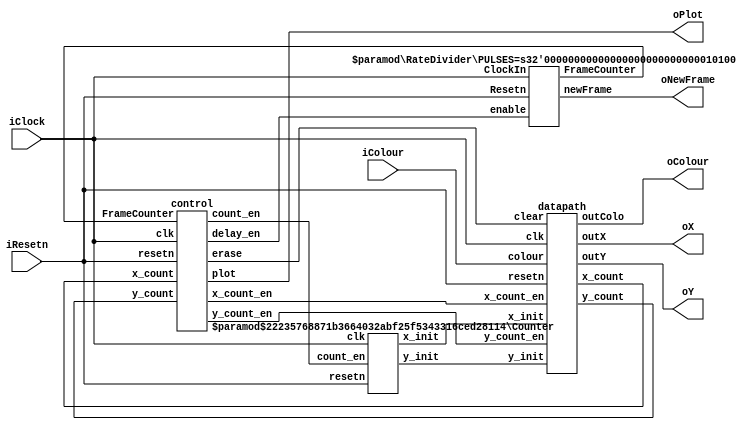
//
// This is the template for Part 1 of Lab 8.
//
// Paul Chow
// November 2021
// Updated November 2022
//

// iColour is the colour for the box
//
// oX, oY, oColour and oPlot should be wired to the appropriate ports on the VGA controller
//

// Some constants are set as parameters to accommodate the different implementations
// X_SCREEN_PIXELS, Y_SCREEN_PIXELS are the dimensions of the screen
//       Default is 160 x 120, which is the baseline for the DE1_SoC vga controller
// CLOCKS_PER_SECOND should be the frequency of the clock being used.
`timescale 1 ns/10 ps

module part1(iColour, iResetn, iClock, oX, oY, oColour, oPlot, oNewFrame);
   input wire [2:0] iColour;
   input wire 	    iResetn;
   input wire 	    iClock;
   output wire [7:0] oX;         // VGA pixel coordinates
   output wire [6:0] oY;
   
   output wire [2:0] oColour;     // VGA pixel colour (0-7)
   output wire 	     oPlot;       // Pixel drawn enable
   output wire       oNewFrame;    // goes high for 1 cycle when a new frame starts

   parameter
     X_SCREEN_PIXELS = 9,  // X screen width for starting resolution
     Y_SCREEN_PIXELS = 7,  // Y screen height for starting resolution
     CLOCKS_PER_SECOND = 1200, // 1200 HZ 
     X_BOXSIZE = 8'd4,   // Box X dimension
     Y_BOXSIZE = 7'd4,   // Box Y dimension
     X_MAX = X_SCREEN_PIXELS - 1 - X_BOXSIZE, // 0-based and account for box width
     Y_MAX = Y_SCREEN_PIXELS - 1 - Y_BOXSIZE,
     PULSES_PER_SIXTIETH_SECOND = CLOCKS_PER_SECOND / 60;

   //
   // Your code goes here
   //

   // lots of wires to connect our datapath and control
    wire x_count_en, y_count_en;
    wire [3:0] FrameCounter;
    wire erase, count_en, delay_en;
    wire [7:0] x_count, x_init;
    wire [6:0] y_count, y_init;

    RateDivider #(.PULSES(PULSES_PER_SIXTIETH_SECOND)) R0(
        .ClockIn(iClock),
        .Resetn(iResetn),
        .FrameCounter(FrameCounter),
        .enable(delay_en),
        .newFrame(oNewFrame)
    );

    Counter #(.X_MAX(X_MAX), .Y_MAX(Y_MAX)) R1(
        .clk(iClock),
        .resetn(iResetn),
        .count_en(count_en),
        .x_init(x_init),
        .y_init(y_init)
    );

    control C0(
        .clk(iClock),
        .resetn(iResetn),
        .FrameCounter(FrameCounter),
        .x_count(x_count),
        .y_count(y_count),

        .erase(erase),
        .count_en(count_en),
        .plot(oPlot),
        .x_count_en(x_count_en),
        .y_count_en(y_count_en),
        .delay_en(delay_en)
    );

    datapath D0(
        .clk(iClock), 
        .resetn(iResetn), 

        .colour(iColour),

        .x_count_en(x_count_en),
        .y_count_en(y_count_en),
        .clear(erase),

        .x_init(x_init),
        .y_init(y_init),
        .x_count(x_count),
        .y_count(y_count),

        .outX(oX), 
        .outY(oY),
        .outColo(oColour)
    );
endmodule // part1

// clock divider to output 60 Hz
module RateDivider #(parameter PULSES = 1200, parameter width = $clog2(PULSES)) (ClockIn, Resetn, FrameCounter, enable, newFrame);
    input ClockIn, Resetn, enable; 
    output reg [3:0] FrameCounter;
    output newFrame;
    
    reg [width-1:0] Divider;
    always @(posedge ClockIn)
    begin
        if (Resetn == 1'b0)
            Divider <= 0;
        else if (Divider == 0)
                Divider <= PULSES - 1'b1;   // load per sixtieth second - 1
            else 
                Divider <= Divider - 1;  // count down to zero
    end

    // track the number of frames 
    always @(posedge ClockIn) begin
        if (Resetn == 1'b0)
            FrameCounter <= 4'b0;
        else if (enable == 1'b1)
            if (Divider == 0)
                FrameCounter <= FrameCounter + 1'b1;  
            else 
                FrameCounter <= FrameCounter;  
        else FrameCounter <= 4'b0;     
    end

    assign newFrame = (Divider == 0)?1:0;
endmodule

module Counter #(parameter X_MAX = 160 - 4 - 1, Y_MAX = 120 - 4 - 1)(
    input clk,
    input resetn,
    input count_en,

    output reg [7:0] x_init,
    output reg [6:0] y_init
    );

    reg DirX;
    reg DirY;

    localparam  LEFT = 1'b0,
                RIGHT = 1'b1,
                UP = 1'b0,
                DOWN = 1'b1;        

    // screen coordinates counter
    always @(posedge clk) begin
        if (!resetn) begin
            x_init <= 8'b0;
            y_init <= 7'b0;
        end
        else if (count_en) begin
            if (DirX == RIGHT) 
                x_init <= x_init + 1'b1;
            else
                x_init <= x_init - 1'b1;

            if (DirY == DOWN) 
                y_init <= y_init + 1'b1;    // down is positive
            else
                y_init <= y_init - 1'b1;
        end
    end

    // direction registers
    always @(posedge clk) begin
        if (!resetn) begin
            DirX <= RIGHT;
            DirY <= DOWN;
        end
        else begin
            if (x_init == 8'd1)
                DirX <= RIGHT;
            else if (x_init == X_MAX + 1'b1)
                DirX <= LEFT;
            
            if (y_init == 8'd1)
                DirY <= DOWN;
            else if (y_init == Y_MAX + 1'b1) 
                DirY <= UP;
        end
    end
endmodule

// control logic to draw the box
module control(
    input clk,
    input resetn,
    input [7:0] x_count, 
    input [6:0] y_count,
    input [3:0] FrameCounter,

    output reg x_count_en, y_count_en, delay_en,
    output reg plot,
    output reg erase, count_en
    );

    reg [3:0] current_state, next_state;

    localparam  S_DRAW          = 4'd0,
                S_INCREMENT_Y   = 4'd1,
                S_WAIT          = 4'd2,
                S_ERASE         = 4'd3,
                S_ERASE_Y       = 4'd4,
                S_COUNT         = 4'd5;

    // Next state logic aka our state table
    always@(*)
    begin: state_table
        case (current_state)
            S_DRAW: begin 
                if (x_count == 8'd2)
                    next_state = S_INCREMENT_Y;
                else
                    next_state = S_DRAW;
            end
            S_INCREMENT_Y:  begin 
                if (y_count == 7'd3)
                    next_state = S_WAIT;
                else 
                    next_state = S_DRAW;
            end
            S_WAIT: next_state = FrameCounter == 4'd14 ? S_ERASE : S_WAIT;
            S_ERASE: begin 
                if (x_count == 8'd2)
                    next_state = S_ERASE_Y;
                else
                    next_state = S_ERASE;
            end
            S_ERASE_Y: begin 
                if (y_count == 7'd3)
                    next_state = S_COUNT;
                else 
                    next_state = S_ERASE;
            end
            S_COUNT: next_state = S_DRAW;
            default:    next_state = S_DRAW;
        endcase
    end // state_table

    // Output logic aka all of our datapath control signals
    always @(*)
    begin: enable_signals
        // By default make all our signals 0
        x_count_en = 1'b0;
        y_count_en = 1'b0;
        plot = 1'b0;
        erase = 1'b0;
        count_en = 1'b0;
        delay_en = 1'b0;

        case (current_state)
            S_DRAW: begin
                x_count_en = 1'b1;
                plot = 1'b1;
            end
            S_INCREMENT_Y: begin
                y_count_en = 1'b1;
                plot = 1'b1;
            end
            S_WAIT: delay_en = 1'b1;
            S_ERASE: begin
                x_count_en = 1'b1;
                plot = 1'b1;
                erase = 1'b1;
            end
            S_ERASE_Y: begin
                y_count_en = 1'b1;
                plot = 1'b1;
                erase = 1'b1;
            end
            S_COUNT: begin
                count_en = 1'b1;
            end
        // default:    // don't need default since we already made sure all of our outputs were assigned a value at the start of the always block
        endcase
    end // enable_signals

    // current_state registers
    always@(posedge clk)
    begin: state_FFs
        if(!resetn)
            current_state <= S_DRAW;
        else
            current_state <= next_state;
    end // state_FFS
endmodule

// datapath to draw box (similar to lab7)
module datapath(
    input clk,
    input resetn,
    input [2:0] colour,
    input [7:0] x_init, 
    input [6:0] y_init,
    input x_count_en, y_count_en,
    input clear,

    output reg [7:0] x_count,
    output reg [6:0] y_count,
    output reg [7:0] outX,
    output reg [6:0] outY,
    output reg [2:0] outColo
    );

    // counters
    always @(posedge clk) begin
        if (!resetn) begin
            x_count <= 8'b0;
            y_count <= 7'd0; 
        end
        else
            if (x_count_en)
                x_count <= x_count + 1'b1;
            else if (y_count_en) begin
                y_count <= y_count + 1'b1;
                x_count <= 8'b0;
            end
            else
                y_count <= 7'b0;
    end

    // The outputs
    always @(*)
    begin
        // Mux for colour
        case (clear)
            1'b0: outColo = colour;
            1'b1: outColo = 3'b000;
            default: outColo = 3'd0;
        endcase

        outX = x_init + x_count;
        outY = y_init + y_count;
    end
endmodule